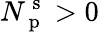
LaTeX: N_{\mathrm{~p~}}^{\mathrm{~s~}}>0